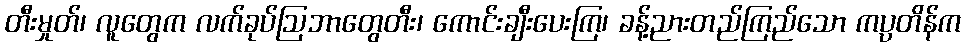
တီးမှုတ်၊ လူတွေက လက်ခုပ်ဩဘာတွေတီး၊ ကောင်းချီးပေးကြ၊ ခန့်ညားတည်ကြည်သော ကပ္ပတိန်က